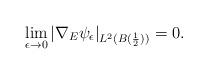
LaTeX: \begin{align*}\lim_{\epsilon \rightarrow 0}|\nabla_{E}\psi_{\epsilon}|_{L^{2}(B(\frac{1}{2}))}=0.\end{align*}